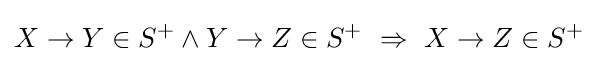
X\rightarrow Y\in S^{+}\land Y\rightarrow Z\in S^{+}~\Rightarrow ~X\rightarrow Z\in S^{+}